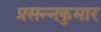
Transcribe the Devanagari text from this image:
प्रसन्‍नकुमार